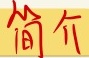
简 介